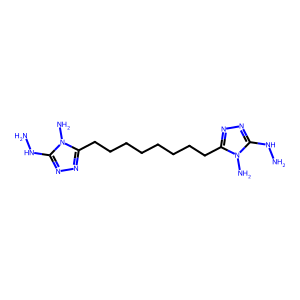
SMILES: NNc1nnc(CCCCCCCCc2nnc(NN)n2N)n1N
Inhibits HIV replication: No